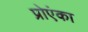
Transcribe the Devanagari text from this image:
प्रोएंका